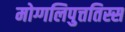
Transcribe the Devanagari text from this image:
मोग्गलिपुत्ततिस्स